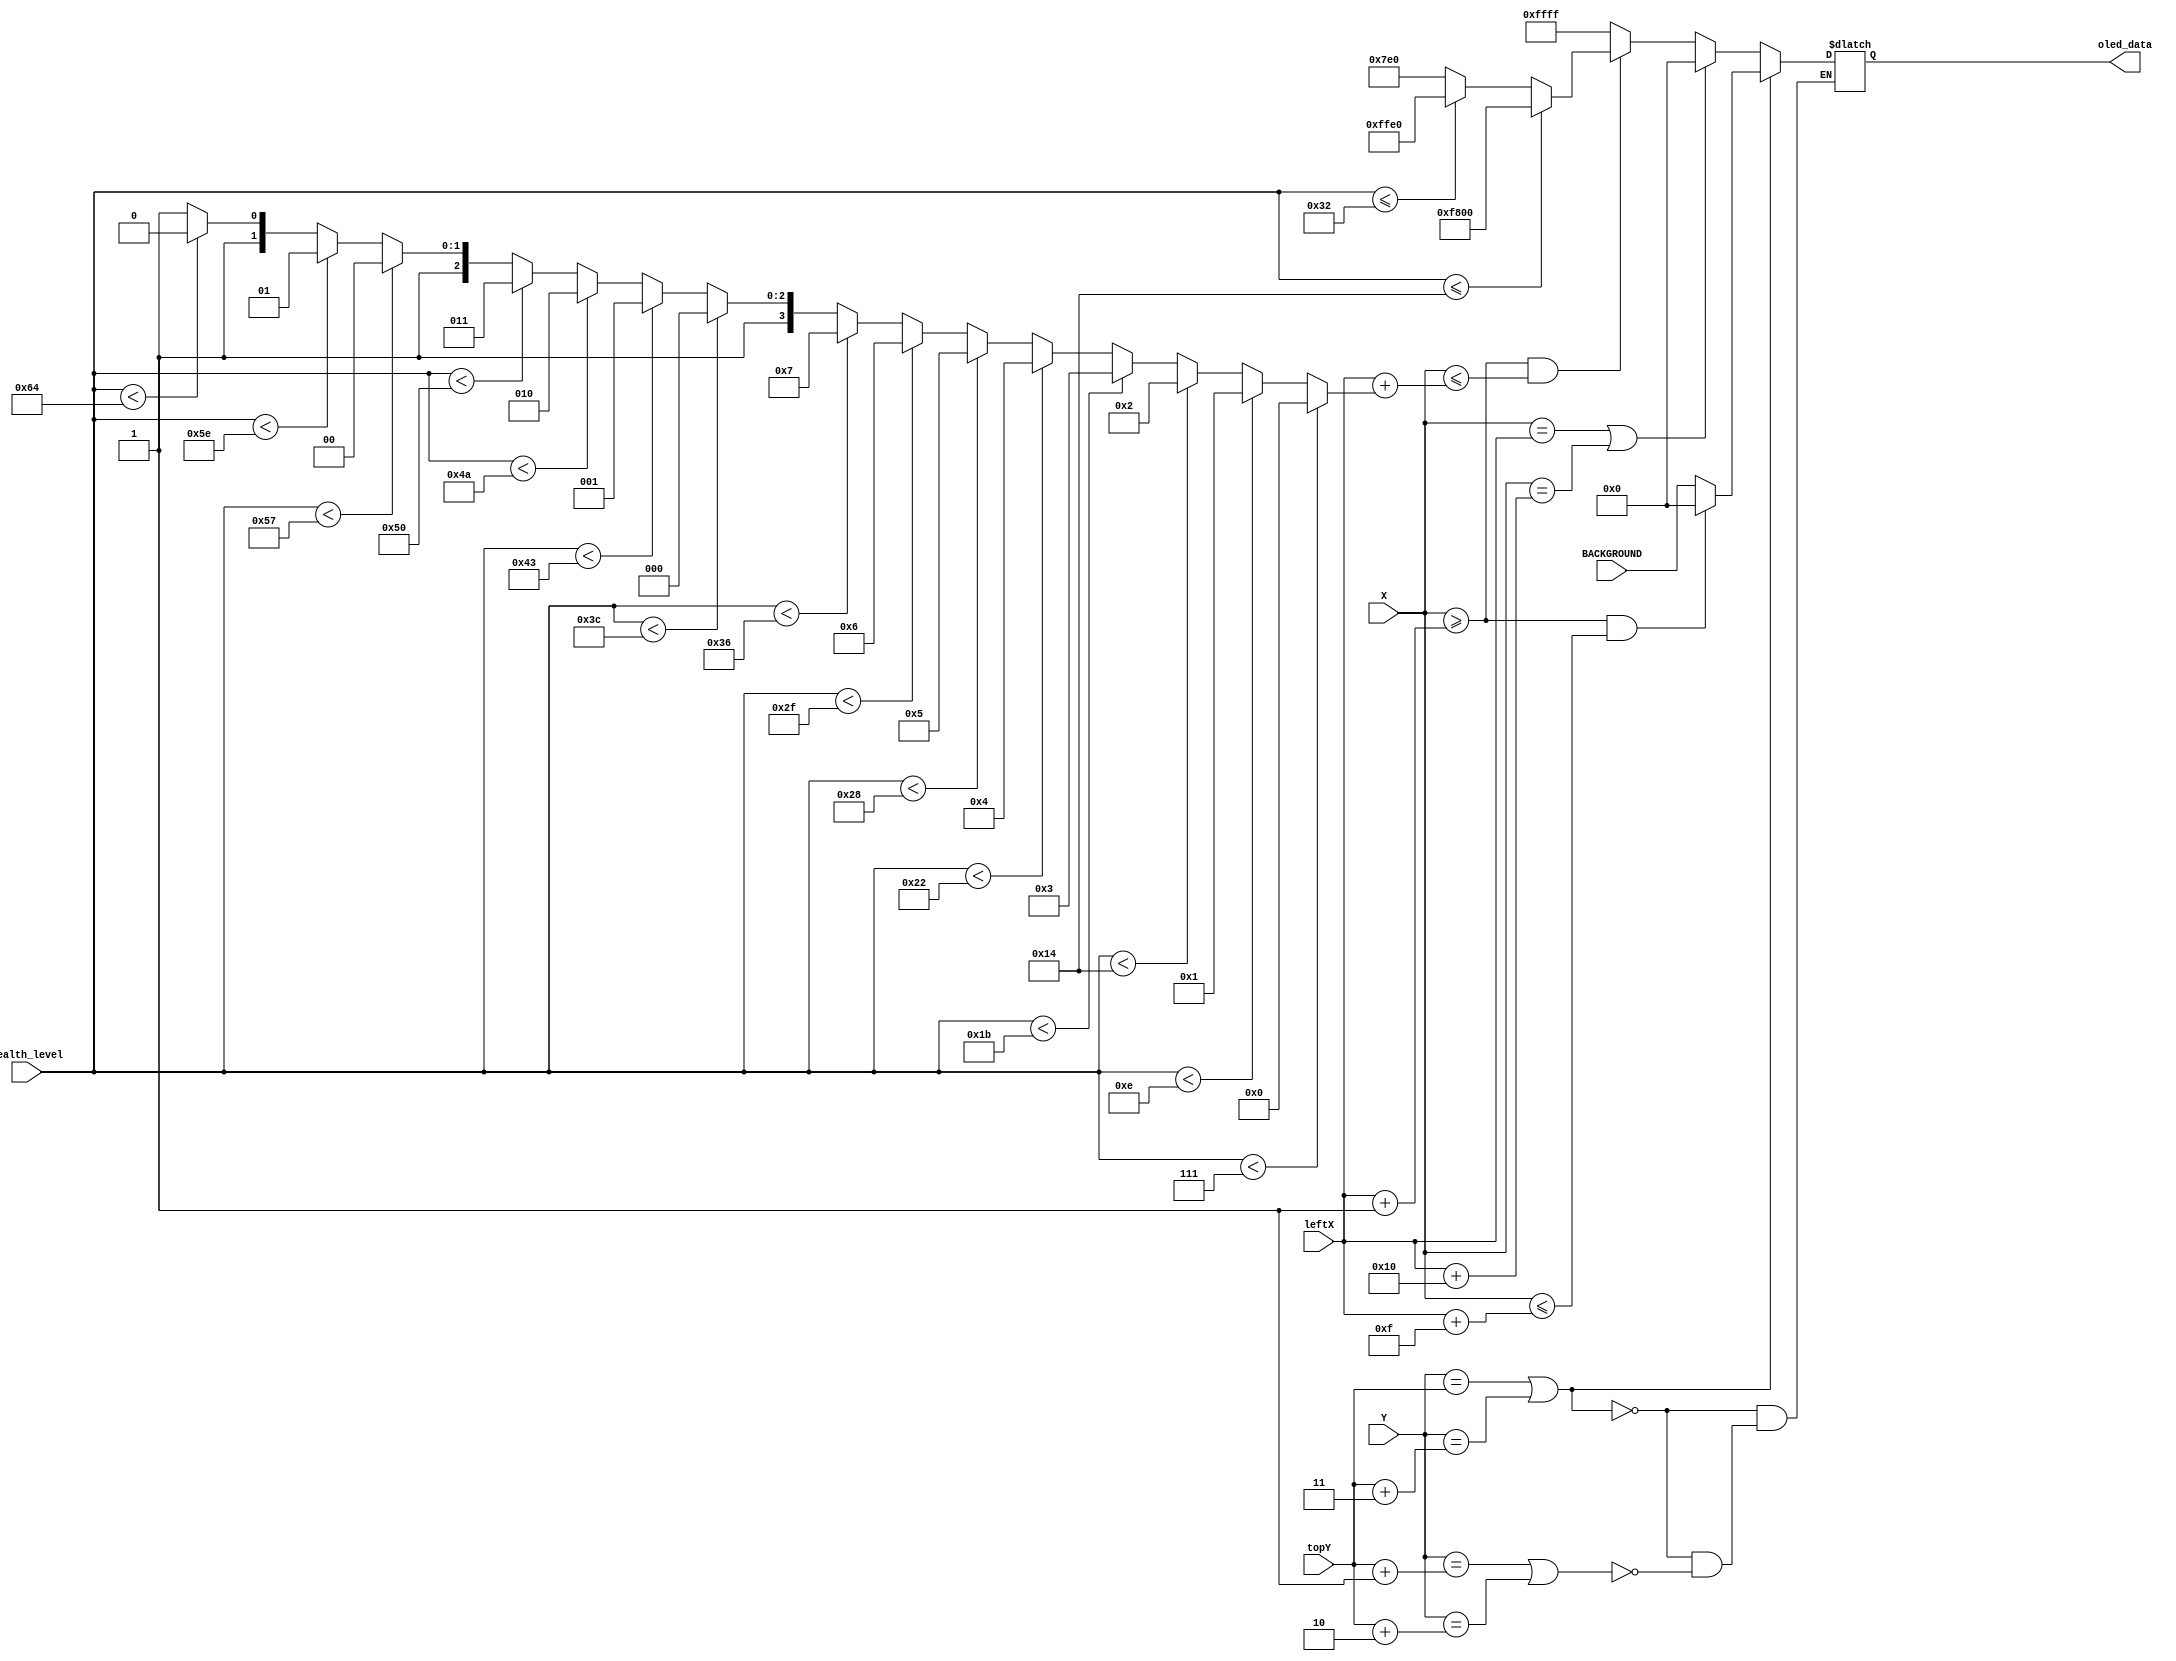
`timescale 1ns / 1ps
//////////////////////////////////////////////////////////////////////////////////
// Company: 
// Engineer: 
// 
// Design Name: 
// Module Name: Health_Bar
// Project Name: 
// Target Devices: 
// Tool Versions: 
// Description: 
// 
// Dependencies: 
// 
// Revision:
// Revision 0.01 - File Created
// Additional Comments:
// 
//////////////////////////////////////////////////////////////////////////////////


module Health_Bar(
    input[6:0] X, 
    input [5:0] Y, 
    input [6:0] leftX,  
    input [5:0] topY, 
    input [15:0] BACKGROUND,
    input [31:0] health_level,
    output reg [15:0] oled_data = 16'b0
    );

    parameter[15:0] YELLOW = 16'b11111_111111_00000;
    parameter[15:0] GREEN = 16'b00000_111111_00000;
    parameter[15:0] RED = 16'b11111_000000_00000;
    parameter[15:0] BLACK  = 16'b0;
    parameter[15:0] WHITE = 16'b11111_111111_11111;
    
    reg [15:0] health_colour = GREEN;
    reg [3:0] health_width = 4'b0;
    always @ (health_level) begin
        health_colour = health_level <= 7'd20 ? RED : 
                        health_level <= 7'd50 ? YELLOW:
                        GREEN;
        health_width = health_level < 7 ? 4'd0:
                       health_level < 14 ? 4'd1:
                       health_level < 20 ? 4'd2:
                       health_level < 27 ? 4'd3:
                       health_level < 34 ? 4'd4:
                       health_level < 40 ? 4'd5:
                       health_level < 47 ? 4'd6:
                       health_level < 54 ? 4'd7:
                       health_level < 60 ? 4'd8:
                       health_level < 67 ? 4'd9:
                       health_level < 74 ? 4'd10:
                       health_level < 80 ? 4'd11:
                       health_level < 87 ? 4'd12:
                       health_level < 94 ? 4'd13:
                       health_level < 100 ? 4'd14: 4'd15;                    
    end

    always @ (X or Y) begin
        if (Y == topY || Y == topY + 3) begin
            if (X >= leftX + 1 && X <= leftX + 15) oled_data = BLACK;
            else oled_data = BACKGROUND;
        end else if (Y == topY + 1 || Y == topY + 2) begin
            if (X == leftX || X == leftX + 16) oled_data = BLACK;
            else if (X >= leftX + 1 && X <= leftX + health_width)oled_data = health_colour;
            else oled_data = WHITE;
        end
    end


endmodule